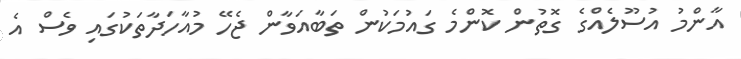
އާންމު އުސޫލެއްގެ ގޮތުން ކޮންމެ ގައުމަކުން ތަބާއަވާން ޖެހޭ މުއާހަދާތަކުގައި ވެސް އެ